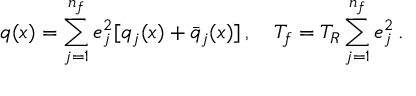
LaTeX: q ( x ) = \sum _ { j = 1 } ^ { n _ { f } } e _ { j } ^ { 2 } [ q _ { j } ( x ) + \bar { q } _ { j } ( x ) ] \, , \quad T _ { f } = T _ { R } \sum _ { j = 1 } ^ { n _ { f } } e _ { j } ^ { 2 } \, .